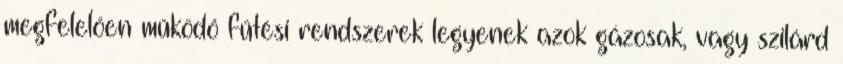
megfelelően működő fűtési rendszerek legyenek azok gázosak, vagy szilárd